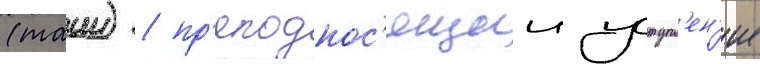
(таии) / пр'еподнос'ящии уступл'ен'ие